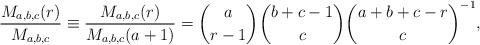
LaTeX: \begin{align*}\frac{M_{a,b,c}(r)}{M_{a,b,c}}\equiv\frac{M_{a,b,c}(r)}{M_{a,b,c}(a+1)}=\binom{a}{r-1}\binom{b+c-1}{c}\binom{a+b+c-r}{c}^{-1},\end{align*}